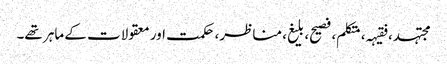
مجتہد، فقیہہ، متکلم، فصیح، بلیغ، مناظر، حکمت اور معقولات کے ماہر تھے۔